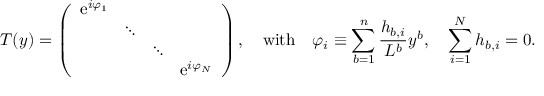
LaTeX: { \cal T } ( y ) = \left( \begin{array} { c c c c } { { \mathrm { e } ^ { i \varphi _ { 1 } } } } & { { } } & { { } } & { { } } \\ { { } } & { { \ddots } } & { { } } & { { } } \\ { { } } & { { } } & { { \ddots } } & { { } } \\ { { } } & { { } } & { { } } & { { \mathrm { e } ^ { i \varphi _ { N } } } } \end{array} \right) , \quad \mathrm { w i t h } \quad \varphi _ { i } \equiv \sum _ { b = 1 } ^ { n } { \frac { h _ { b , i } } { L ^ { b } } } y ^ { b } , \quad \sum _ { i = 1 } ^ { N } h _ { b , i } = 0 .